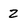
Character: Z